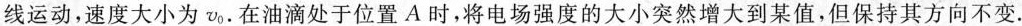
线运动，速度大小为v_{0}.在油滴处于位置A时，将电场强度的大小突然增大到某值，但保持其方向不变.